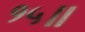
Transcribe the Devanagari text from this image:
१५॥